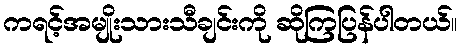
ကရင့်အမျိုးသားသီချင်းကို ဆိုကြပြန်ပါတယ်။